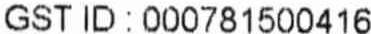
GST ID : 000781500416